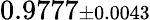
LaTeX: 0.9777{\scriptstyle\pm 0.0043}